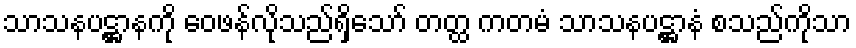
သာသနပဋ္ဌာနကို ဝေဖန်လိုသည်ရှိသော် တတ္ထ ကတမံ သာသနပဋ္ဌာနံ စသည်ကိုသာ